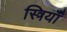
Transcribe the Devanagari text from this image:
स्त्रियॉँ